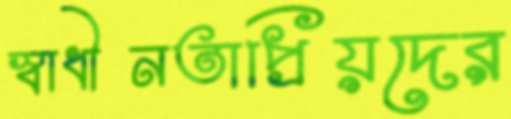
স্বাধীনতাপ্রিয়দের